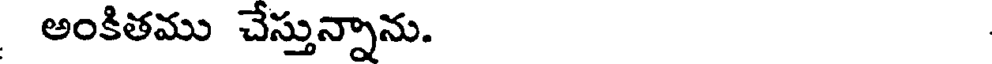
అంకితము చేస్తున్నాను.